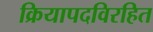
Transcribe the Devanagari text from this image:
क्रियापदविरहित